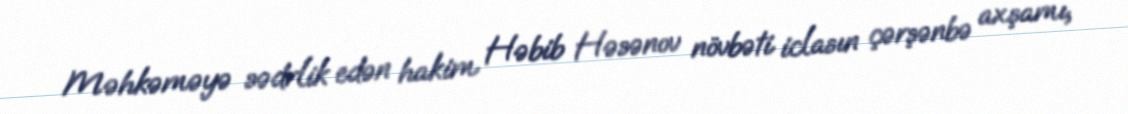
Məhkəməyə sədrlik edən hakim Həbib Həsənov növbəti iclasın çərşənbə axşamı,